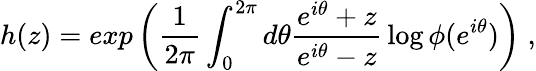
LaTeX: h(z)=exp\left({\frac{1}{2\pi}}\int_{0}^{2\pi}d\theta{\frac{e^{i\theta}+z}{e^{i\theta}-z}}\log\phi(e^{i\theta})\right)\; ,